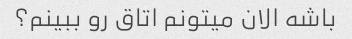
باشه الان میتونم اتاق رو ببینم؟